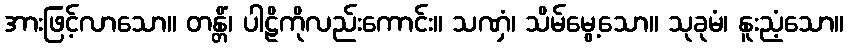
အားဖြင့်လာသော။ တန္တိံ၊ ပါဠိကိုလည်းကောင်း။ သဏှံ၊ သိမ်မွေ့သော။ သုခုမံ၊ နူးညံ့သော။